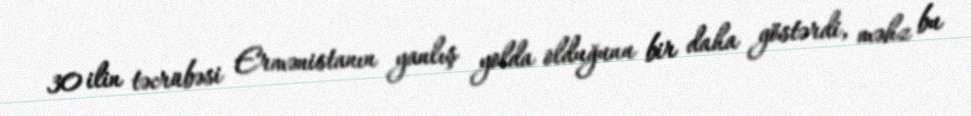
30 ilin təcrübəsi Ermənistanın yanlış yolda olduğunu bir daha göstərdi, məhz bu